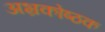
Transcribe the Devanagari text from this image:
अभ्रकोष्ठक